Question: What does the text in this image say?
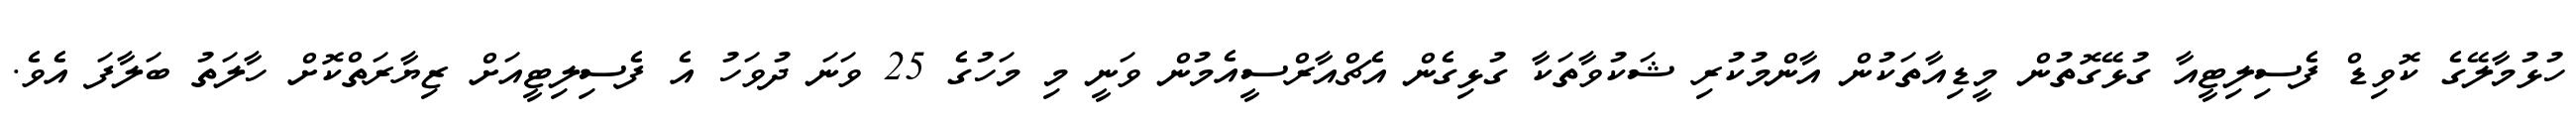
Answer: ހުޅުމާލޭގެ ކޮވިޑް ފެސިލިޓީއާ ގުޅޭގޮތުން މީޑިއާތަކުން އާންމުކުރި ޝަކުވާތަކާ ގުޅިގެން އެޗްއާރްސީއެމުން ވަނީ މި މަހުގެ 25 ވަނަ ދުވަހު އެ ފެސިލިޓީއަށް ޒިޔާރަތްކޮށް ހާލަތު ބަލާފަ އެވެ.